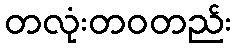
တလုံးတဝတည်း